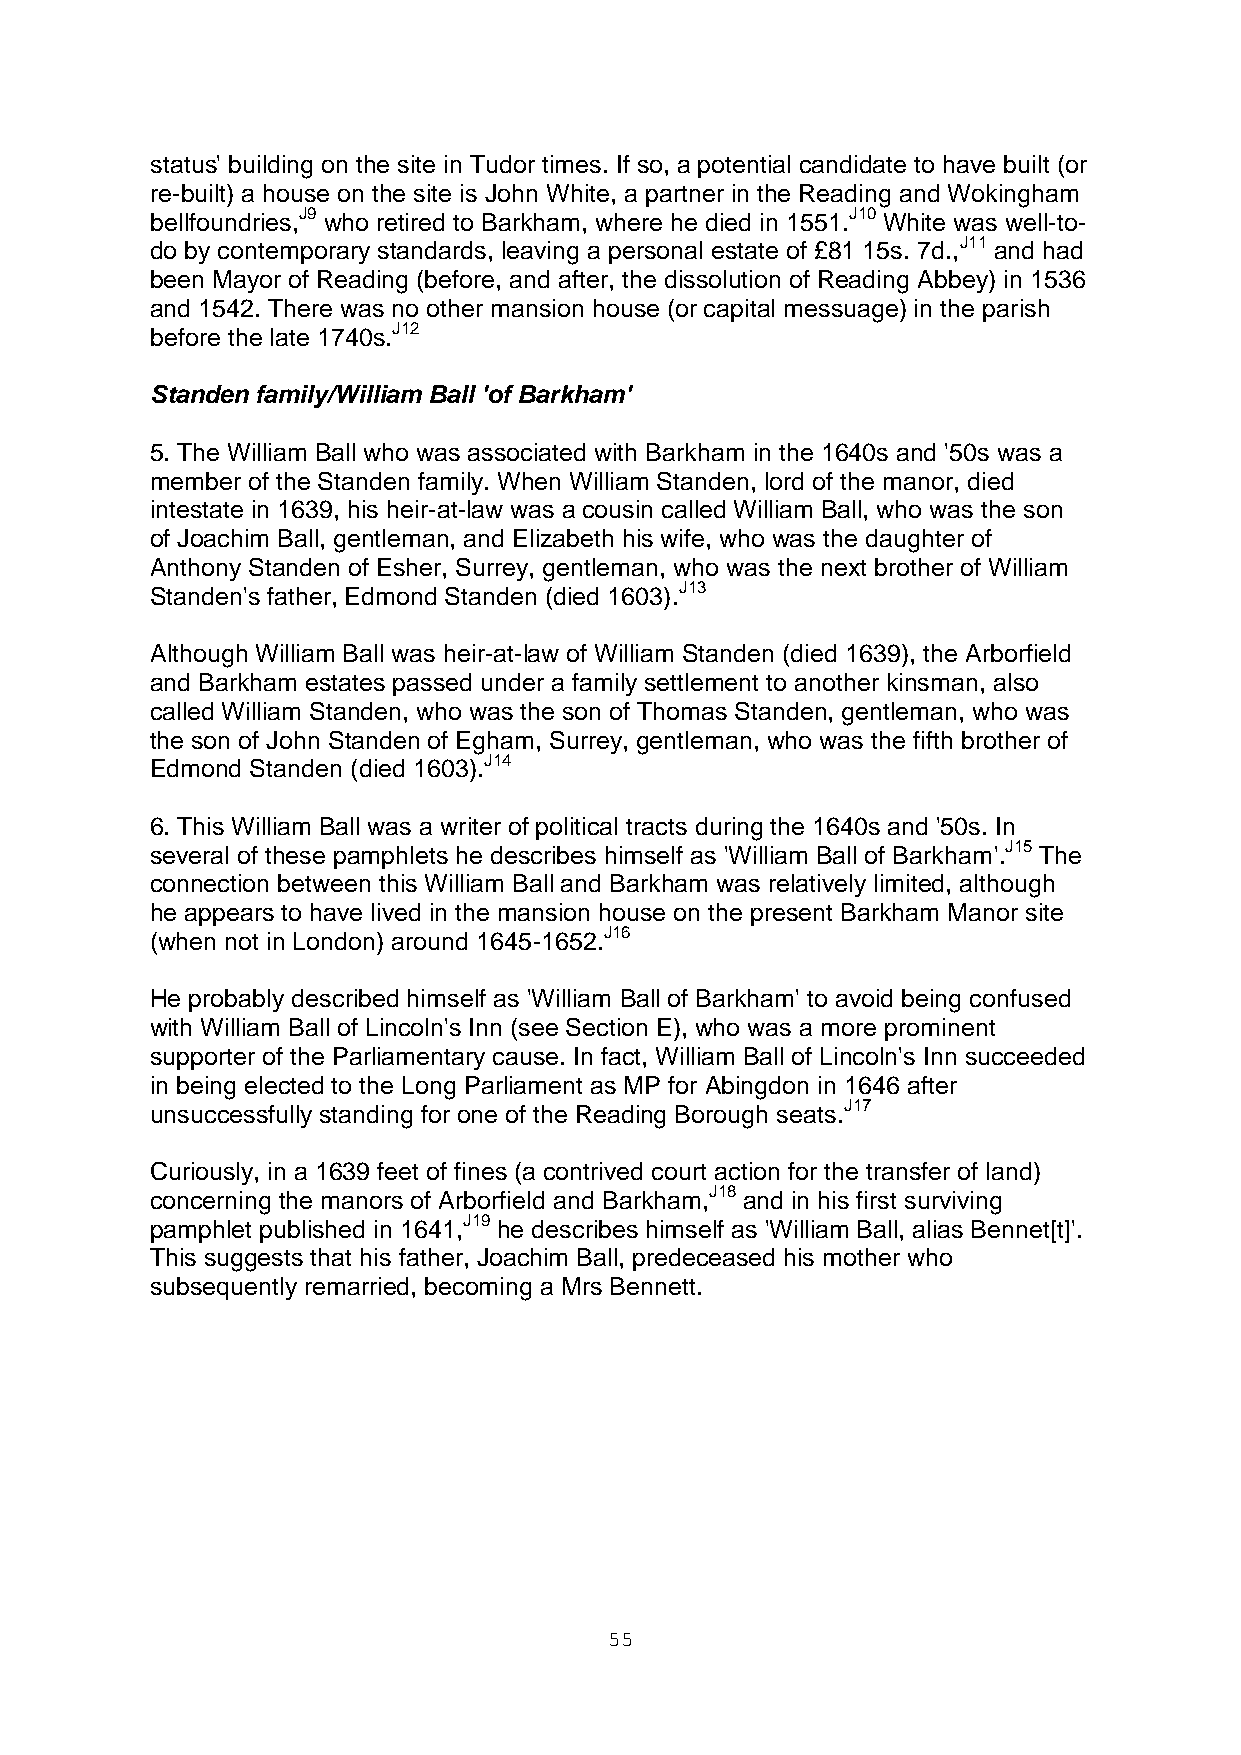
status' building on the site in Tudor times. If so, a potential candidate to have built (or
 re-built) a house on the site is John White, a partner in the Reading and Wokingham
 bellfoundries,J9 who retired to Barkham, where he died in 1551.J10 White was well-to-
 do by contemporary standards, leaving a personal estate of £81 15s. 7d.,J11 and had
 been Mayor of Reading (before, and after, the dissolution of Reading Abbey) in 1536
 and 1542. There was no other mansion house (or capital messuage) in the parish
 before the late 1740s.J12
 Standen family/William Ball 'of Barkham'
 5. The William Ball who was associated with Barkham in the 1640s and '50s was a
 member of the Standen family. When William Standen, lord of the manor, died
 intestate in 1639, his heir-at-law was a cousin called William Ball, who was the son
 of Joachim Ball, gentleman, and Elizabeth his wife, who was the daughter of
 Anthony Standen of Esher, Surrey, gentleman, who was the next brother of William
 Standen's father, Edmond Standen (died 1603).J13
 Although William Ball was heir-at-law of William Standen (died 1639), the Arborfield
 and Barkham estates passed under a family settlement to another kinsman, also
 called William Standen, who was the son of Thomas Standen, gentleman, who was
 the son of John Standen of Egham, Surrey, gentleman, who was the fifth brother of
 Edmond Standen (died 1603).J14
 6. This William Ball was a writer of political tracts during the 1640s and '50s. In
 several of these pamphlets he describes himself as 'William Ball of Barkham'.J15 The
 connection between this William Ball and Barkham was relatively limited, although
 he appears to have lived in the mansion house on the present Barkham Manor site
 (when not in London) around 1645-1652.J16
 He probably described himself as 'William Ball of Barkham' to avoid being confused
 with William Ball of Lincoln's Inn (see Section E), who was a more prominent
 supporter of the Parliamentary cause. In fact, William Ball of Lincoln's Inn succeeded
 in being elected to the Long Parliament as MP for Abingdon in 1646 after
 unsuccessfully standing for one of the Reading Borough seats.J17
 Curiously, in a 1639 feet of fines (a contrived court action for the transfer of land)
 concerning the manors of Arborfield and Barkham,J18 and in his first surviving
 pamphlet published in 1641,J19 he describes himself as 'William Ball, alias Bennet[t]'.
 This suggests that his father, Joachim Ball, predeceased his mother who
 subsequently remarried, becoming a Mrs Bennett.
 55